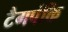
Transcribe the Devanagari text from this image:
टैगपंक्ति